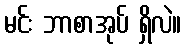
မင်း ဘာစာအုပ် ရှိလဲ။